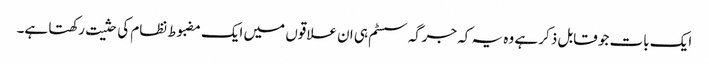
ایک بات جو قابل ذکر ہے وہ یہ کہ جرگہ سسٹم ہی ان علاقوں میں ایک مضبوط نظام کی حثیت رکھتا ہے۔